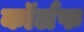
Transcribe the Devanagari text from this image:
कॉर्लफ